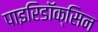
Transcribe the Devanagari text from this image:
पाइरिडॉक्सिन